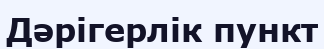
Дәрігерлік пункт